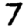
Digit: 7